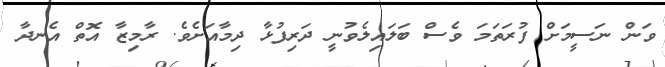
ވަން ނަސީމަށް ފުރަތަމަ ވެސް ބަލައިލެވުނީ ދަރިފުޅާ ދިމާއަށެވެ. ރާމިޒާ އޮތް އެނދާ